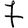
Digit: 7